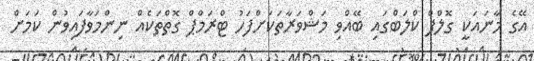
އޭގެ މާނައަކީ ގޮލްފް ކްލަބްގައި ބޭއްވި މަޝްވަރާތަކަށްފަހު ޓްރަމްޕް ގޮތްތަކެއް ނިންމަވާފައިވުން ކަމަށް